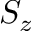
S _ { z }